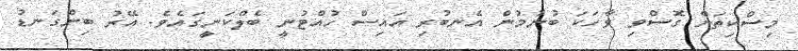
މިސްކިތަށް ގޮސްވި ވާހަކަ ބުނުމުން އެނބުރި އައިސް ހުއްޓުނީ ބެލްކަނީގައެވެ. އޭރު ބިންގަނޑު